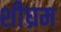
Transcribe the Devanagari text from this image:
शीघ्रम